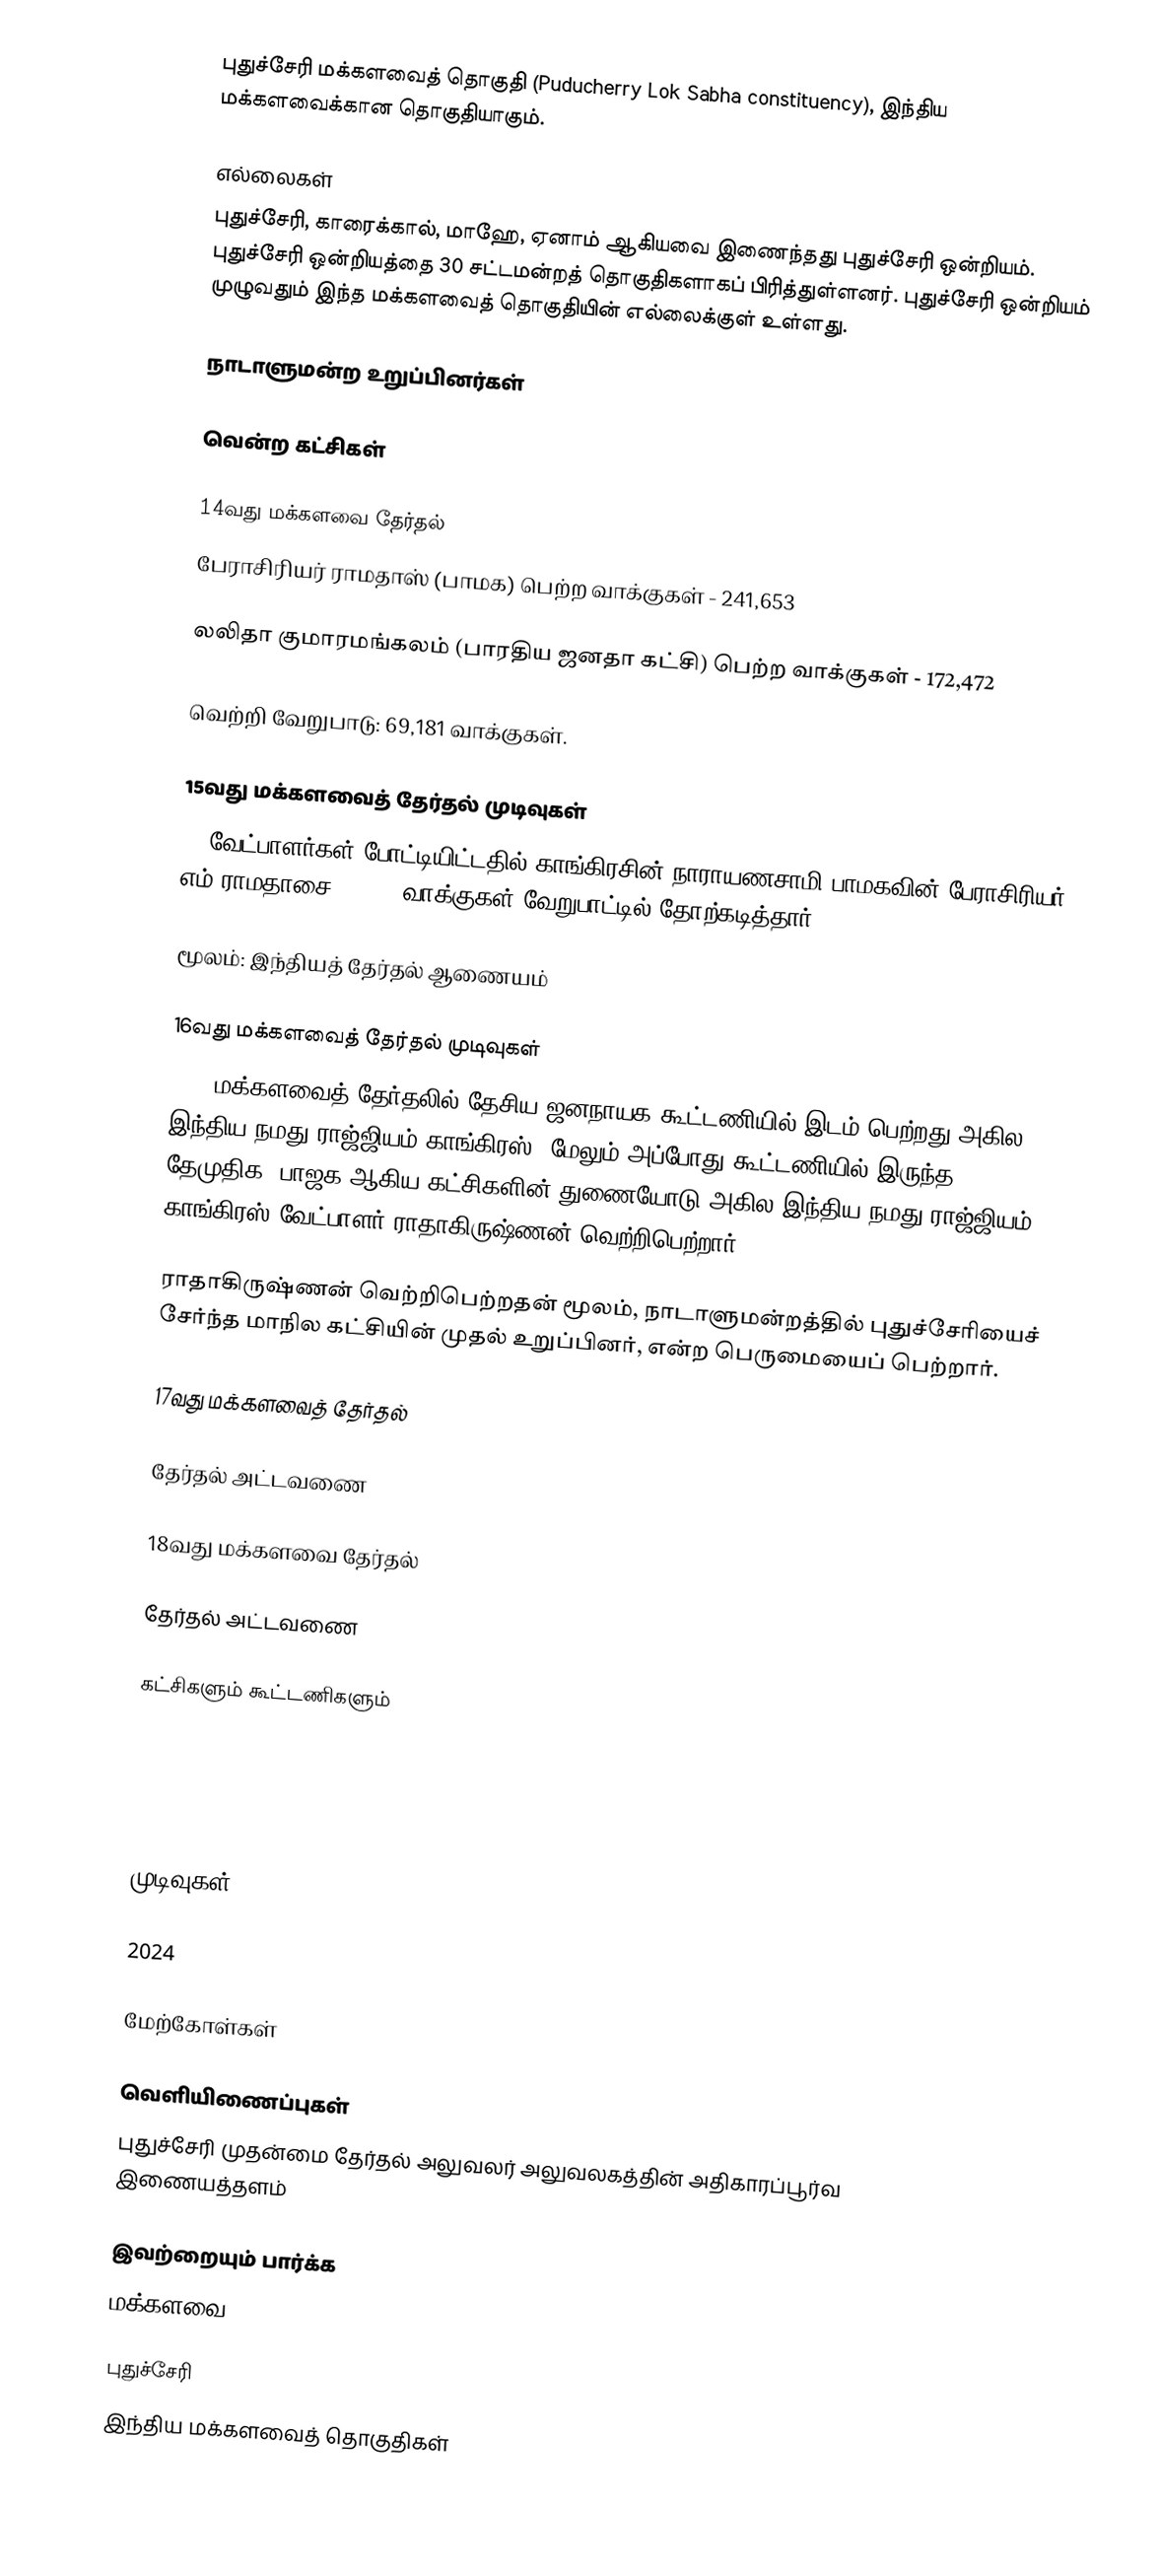
புதுச்சேரி மக்களவைத் தொகுதி (Puducherry Lok Sabha constituency), இந்திய மக்களவைக்கான தொகுதியாகும்.

எல்லைகள்
புதுச்சேரி, காரைக்கால், மாஹே, ஏனாம் ஆகியவை இணைந்தது புதுச்சேரி ஒன்றியம். புதுச்சேரி ஒன்றியத்தை 30 சட்டமன்றத் தொகுதிகளாகப் பிரித்துள்ளனர். புதுச்சேரி ஒன்றியம் முழுவதும் இந்த மக்களவைத் தொகுதியின் எல்லைக்குள் உள்ளது.

நாடாளுமன்ற உறுப்பினர்கள்

வென்ற கட்சிகள்

14வது மக்களவை தேர்தல்
பேராசிரியர் ராமதாஸ் (பாமக) பெற்ற வாக்குகள் - 241,653

லலிதா குமாரமங்கலம் (பாரதிய ஜனதா கட்சி) பெற்ற வாக்குகள் - 172,472

வெற்றி வேறுபாடு: 69,181 வாக்குகள்.

15வது மக்களவைத் தேர்தல் முடிவுகள்
28 வேட்பாளர்கள் போட்டியிட்டதில் காங்கிரசின் நாராயணசாமி பாமகவின் பேராசிரியர் எம்.ராமதாசை 91,772 வாக்குகள் வேறுபாட்டில் தோற்கடித்தார்.

மூலம்: இந்தியத் தேர்தல் ஆணையம்

16வது மக்களவைத் தேர்தல் முடிவுகள்
2014 மக்களவைத் தேர்தலில் தேசிய ஜனநாயக கூட்டணியில் இடம் பெற்றது அகில இந்திய நமது ராஜ்ஜியம் காங்கிரஸ். மேலும் அப்போது கூட்டணியில் இருந்த தேமுதிக, பாஜக ஆகிய கட்சிகளின் துணையோடு அகில இந்திய நமது ராஜ்ஜியம் காங்கிரஸ் வேட்பாளர் ராதாகிருஷ்ணன் வெற்றிபெற்றார்.

ராதாகிருஷ்ணன் வெற்றிபெற்றதன் மூலம், நாடாளுமன்றத்தில் புதுச்சேரியைச் சேர்ந்த மாநில கட்சியின் முதல் உறுப்பினர், என்ற பெருமையைப் பெற்றார்.

17வது மக்களவைத் தேர்தல்

தேர்தல் அட்டவணை

18வது மக்களவை தேர்தல்

தேர்தல் அட்டவணை

கட்சிகளும் கூட்டணிகளும்

முடிவுகள்

2024

மேற்கோள்கள்

வெளியிணைப்புகள்
 புதுச்சேரி முதன்மை தேர்தல் அலுவலர் அலுவலகத்தின் அதிகாரப்பூர்வ இணையத்தளம்

இவற்றையும் பார்க்க
 மக்களவை

புதுச்சேரி
இந்திய மக்களவைத் தொகுதிகள்